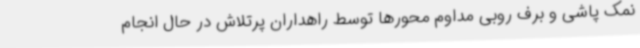
نمک پاشی و برف روبی مداوم محورها توسط راهداران پرتلاش در حال انجام